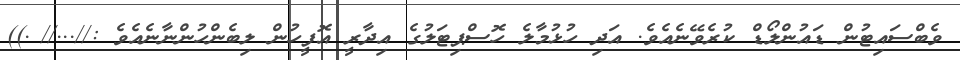
ވެބްސައިޓުން ޑައުންލޯޑް ކުރެވޭނެއެވެ. އަދި ހުޅުމާލެ ހޮސްޕިޓަލުގެ އިދާރީ އޮފީހުން ލިބެންހުންނާނެއެވެ ://...//_.))